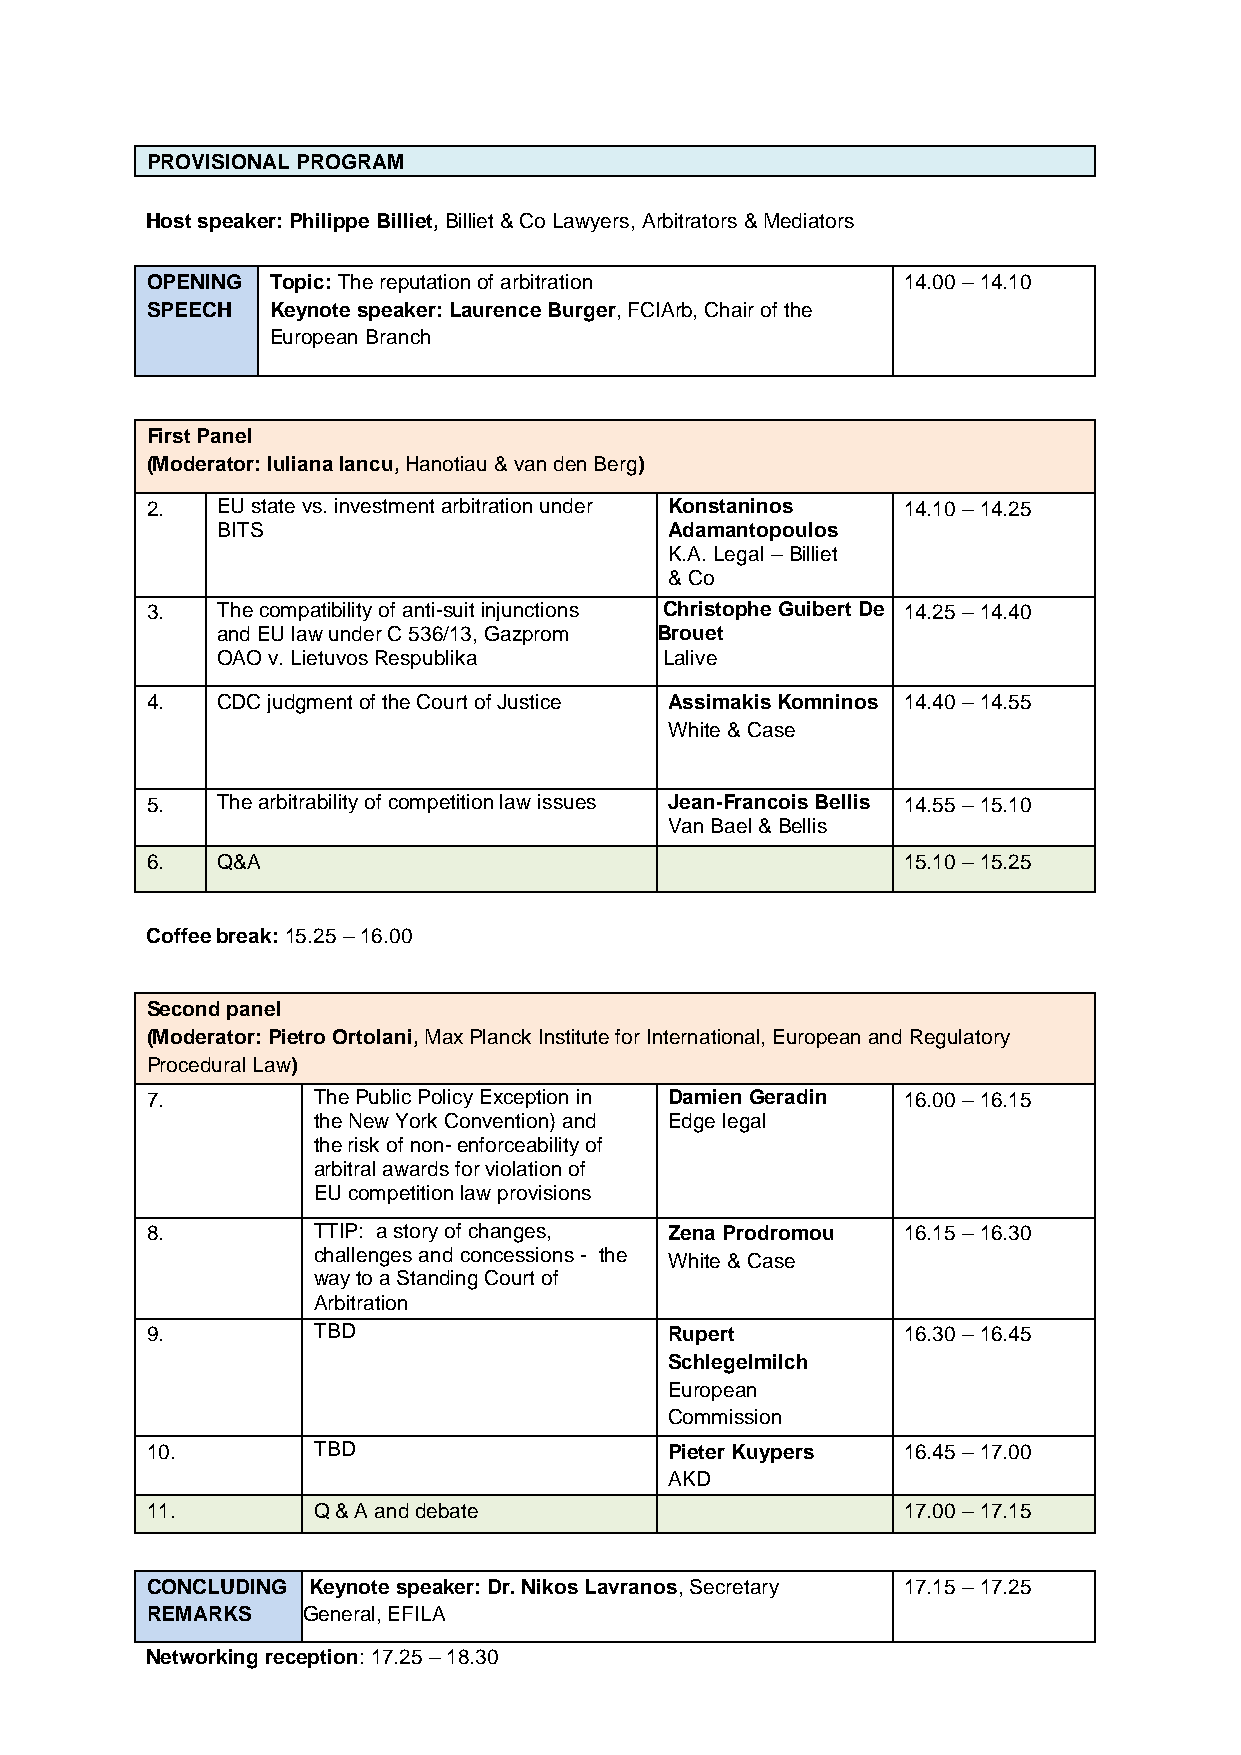
PROVISIONAL PROGRAM
 Time allocation
 Host speaker: Philippe Billiet, Billiet & Co Lawyers, Arbitrators & Mediators
 OPENING Topic: The reputation of arbitration      14.00 – 14.10
 SPEECH  Keynote speaker: Laurence Burger, FCIArb, Chair of the
 European Branch
 First Panel
 (Moderator: Iuliana Iancu, Hanotiau & van den Berg)
 2.  EU state vs. investment arbitration under Konstaninos 14.10 – 14.25
 BITS                          Adamantopoulos
 K.A. Legal – Billiet
 & Co
 3.  The compatibility of anti-suit injunctions Christophe Guibert De 14.25 – 14.40
 and EU law under C 536/13, Gazprom Brouet
 OAO v. Lietuvos Respublika    Lalive
 4.  CDC judgment of the Court of Justice Assimakis Komninos 14.40 – 14.55
 White & Case
 5.  The arbitrability of competition law issues Jean-Francois Bellis 14.55 – 15.10
 Van Bael & Bellis
 6.  Q&A                                           15.10 – 15.25
 Coffee break: 15.25 – 16.00
 Second panel
 (Moderator: Pietro Ortolani, Max Planck Institute for International, European and Regulatory
 Procedural Law)
 7.         The Public Policy Exception in Damien Geradin 16.00 – 16.15
 the New York Convention) and Edge legal
 the risk of non- enforceability of
 arbitral awards for violation of
 EU competition law provisions
 8.         TTIP: a story of changes, Zena Prodromou 16.15 – 16.30
 challenges and concessions - the
 White & Case
 way to a Standing Court of
 Arbitration
 9.         TBD                    Rupert          16.30 – 16.45
 Schlegelmilch
 European
 Commission
 10.        TBD                    Pieter Kuypers  16.45 – 17.00
 AKD
 11.        Q & A and debate                       17.00 – 17.15
 CONCLUDING Keynote speaker: Dr. Nikos Lavranos, Secretary 17.15 – 17.25
 REMARKS   General, EFILA
 Networking reception: 17.25 – 18.30